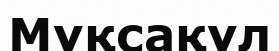
Мұқсақұл